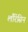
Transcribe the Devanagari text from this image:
लौरेंसिन